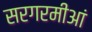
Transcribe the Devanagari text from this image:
सरगरमीआं